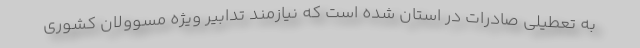
به تعطیلی صادرات در استان شده است که نیازمند تدابیر ویژه مسوولان کشوری